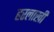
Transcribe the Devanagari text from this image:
हरलाखी